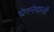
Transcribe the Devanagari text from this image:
घेरनेवाली